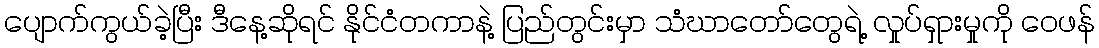
ပျောက်ကွယ်ခဲ့ပြီး ဒီနေ့ဆိုရင် နိုင်ငံတကာနဲ့ ပြည်တွင်းမှာ သံဃာတော်တွေရဲ့ လှုပ်ရှားမှုကို ဝေဖန်